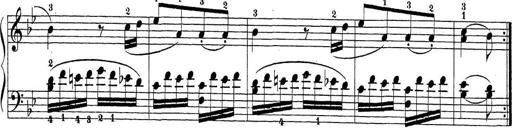
Title: Sonatina Album
Composer: Louis KÃ¶hler